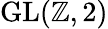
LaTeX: {\mathrm{GL}}(\mathbb{Z},2)